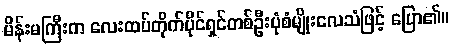
မိန်းမကြီးက လေးထပ်တိုက်ပိုင်ရှင်တစ်ဦးပုံစံမျိုးလေသံဖြင့် ပြော၏။